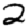
Digit: 2